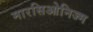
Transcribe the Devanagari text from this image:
मारसिओनिज्म